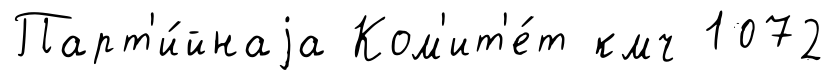
Парт'и́йнаjа Ком'ит'е́т кмч 1072